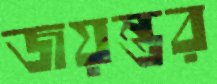
জয়ন্তর